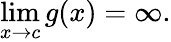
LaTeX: \operatorname*{lim}_{x\to c}{g(x)}=\infty.